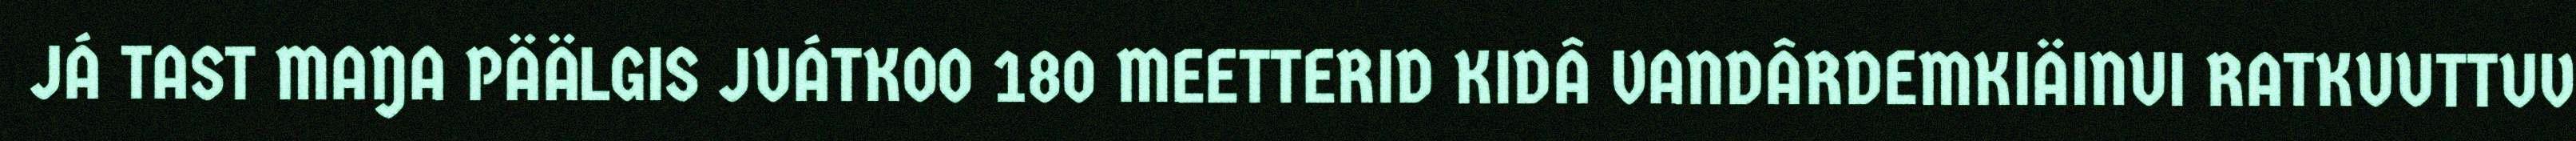
JÁ TAST MAŊA PÄÄLGIS JUÁTKOO 180 MEETTERID KIDÂ VANDÂRDEMKIÄINUI RATKUUTTUV